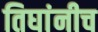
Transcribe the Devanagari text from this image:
तिघांनीच